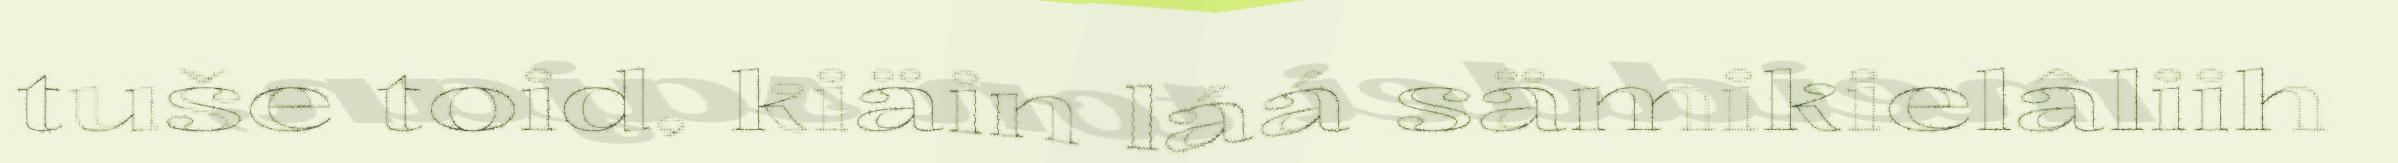
tuše toid, kiäin láá sämikielâliih